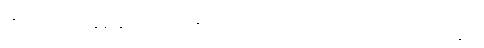
သူက လော်ရာ ဇွန်းနှင့် ခက်ရင်းကို ကိုင်ပုံ၊ လက်သုတ်ပဝါကို အသုံးပြုပုံတို့ကို သူက